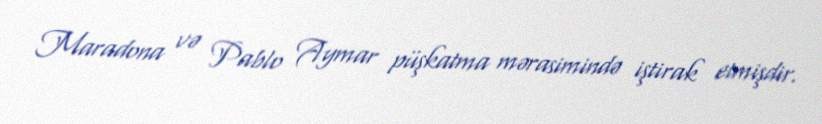
Maradona və Pablo Aymar püşkatma mərasimində iştirak etmişdir.